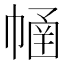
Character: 𢄜